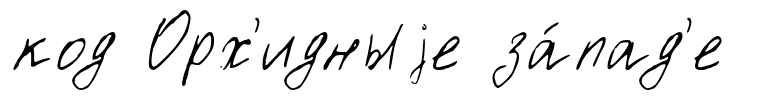
код Орх'идныjе за́пад'е